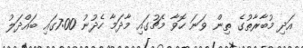
އަދި މުބާރާތުގެ ތިން ވަނަ ހޮވާ މެޗުގައި މާދަމާ ހެދުނު 7:00ގައި ބައްދަލު